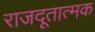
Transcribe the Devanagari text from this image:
राजदूतात्मक